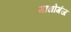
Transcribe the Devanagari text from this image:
माधोगंज